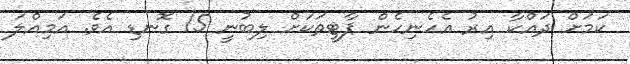
ކަމަށް ދައްކާ އިރު އެހެނިހެން ޕާޓީތަކަށް ލިބުނީ 15 ގޮނޑި އެވެ. އަމިއްލަ